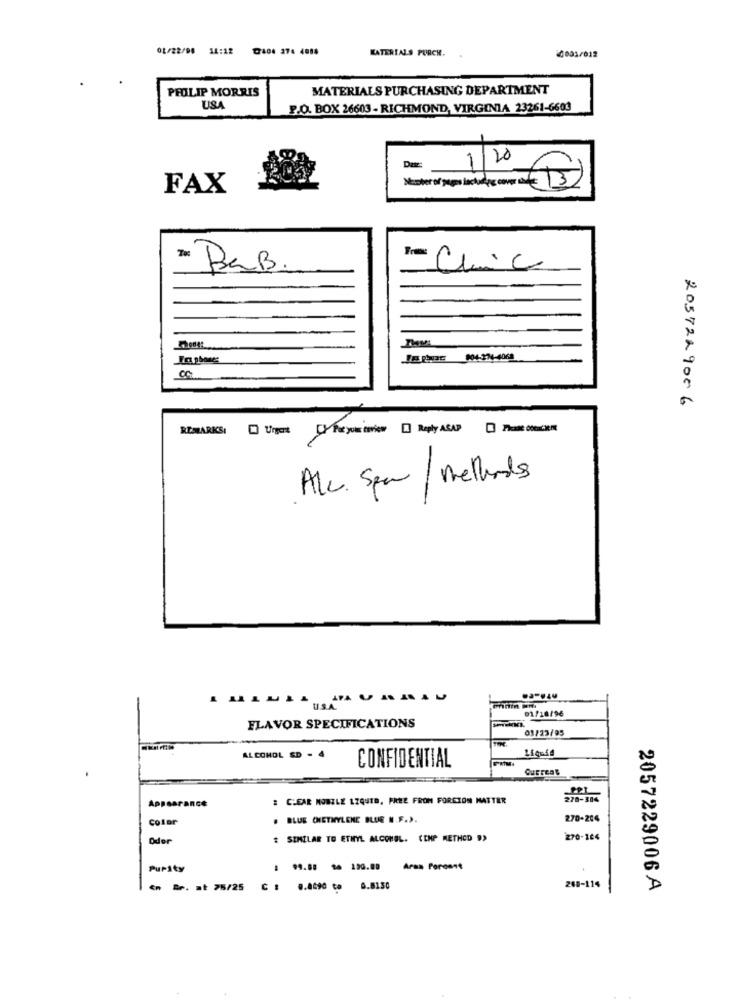
01/22/90 14:12 @404 274 4088
MATERIALS PURCH.
0001/012
PROLIP MORRIS
MATERIALS PURCHASING DEPARTMENT
USA
P.O. BOX 26603 - RICHMOND, VIRGINIA 23261-6603
1/20
FAX
To
BaB
- Chic
2057229006
REMARKS: D Urgent Cy Payouts view [] Reply ASAP Do
Alc. Spar / methods
01/18/96
FLAVOR SPECIFICATIONS
03/23/95
Liquid
ALCOHOL SD - 4
CONFIDENTIAL
Current
Appearance
: CLEAR MOBILE LIQUID, FREE FROM FOREIGN MATTER
278-386
Color
. BLUE CHETMYLENE BLEE N.F.).
270-204
Oder
# SIMILAR TO ETHYL ALCOHOL. COMP METHOD ">
270-184
Purity
en #e. at 75/25
0.4690 to 6.8150
268-114
2057229006 A